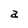
Character: a